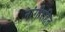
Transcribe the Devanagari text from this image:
नांगीरहित